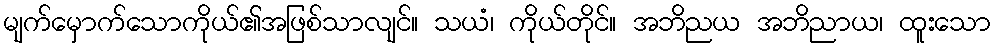
မျက်မှောက်သောကိုယ်၏အဖြစ်သာလျင်။ သယံ၊ ကိုယ်တိုင်။ အဘိညယ အဘိညာယ၊ ထူးသော